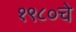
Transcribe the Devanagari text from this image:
१९८०चे